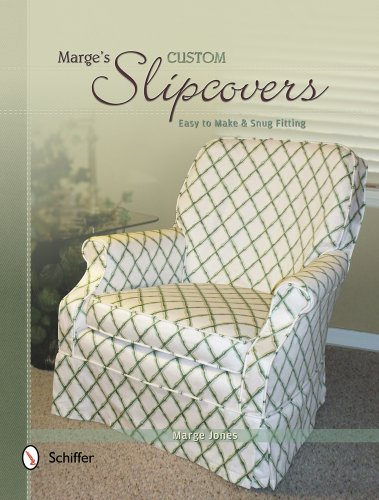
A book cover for Marge's Custom Slipcovers: Easy to Make & Snug Fitting; Marge Jones; Crafts, Hobbies & Home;